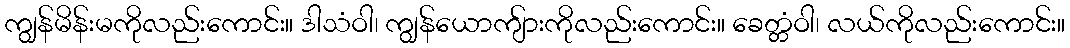
ကျွန်မိန်းမကိုလည်းကောင်း။ ဒါသံဝါ၊ ကျွန်ယောကျ်ားကိုလည်းကောင်း။ ခေတ္တံဝါ၊ လယ်ကိုလည်းကောင်း။